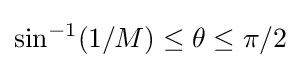
\sin ^{-1}(1/M)\leq \theta \leq \pi /2